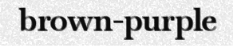
brown-purple